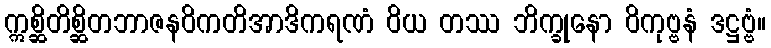
ဣစ္ဆိတိစ္ဆိတဘာဇနဝိကတိအာဒိကရဏံ ဝိယ တဿ ဘိက္ခုနော ဝိကုဗ္ဗနံ ဒဋ္ဌဗ္ဗံ။